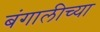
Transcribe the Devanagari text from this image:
बंगालीच्या